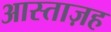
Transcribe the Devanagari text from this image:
आस्ताज़ह